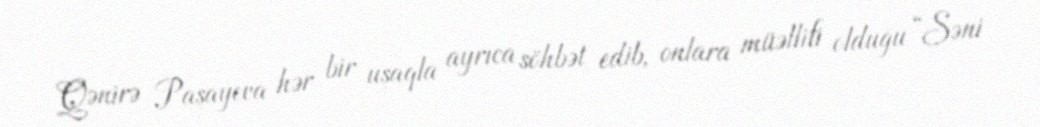
Qənirə Paşayeva hər bir uşaqla ayrıca söhbət edib, onlara müəllifi olduğu “Səni